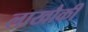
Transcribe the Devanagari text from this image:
लाखौकी